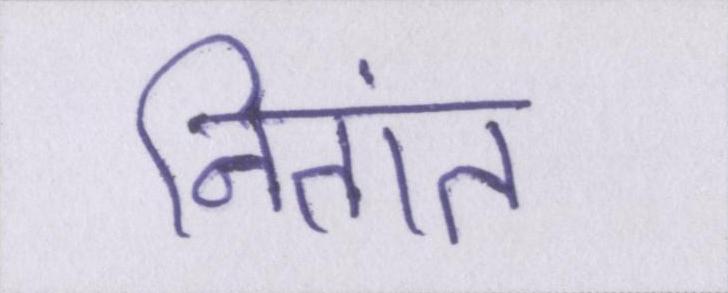
नितांत